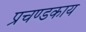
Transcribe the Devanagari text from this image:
प्रचण्डकाय